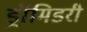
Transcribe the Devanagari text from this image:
ड्रॉमिडरी